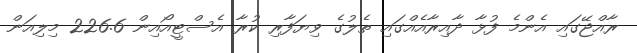
ރާއްޖޭގައި އެންމެ ފުޅާ ދާއިރާއެއްގައި ތެލުގެ ވިޔަފާރި ކުރާ އެސްޓީއޯއިން 226.6 މިލިއަން